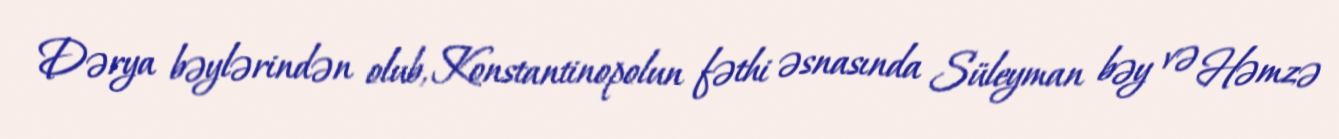
Dərya bəylərindən olub, Konstantinopolun fəthi əsnasında Süleyman bəy və Həmzə